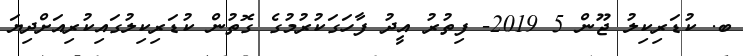
ބ. ކުޑަރިކިލު ޖޫން 5 2019- ފިތުރު އީދު ފާހަގަކުރުމުގެ ގޮތުން ކުޑަރިކިލުގައިކުރިއަށްދިޔަ